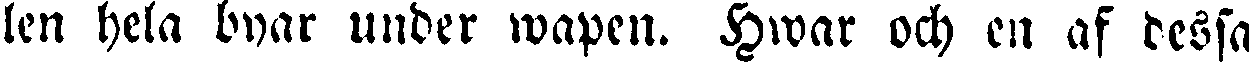
len hela byar under wapen. Hwar och en af dessa